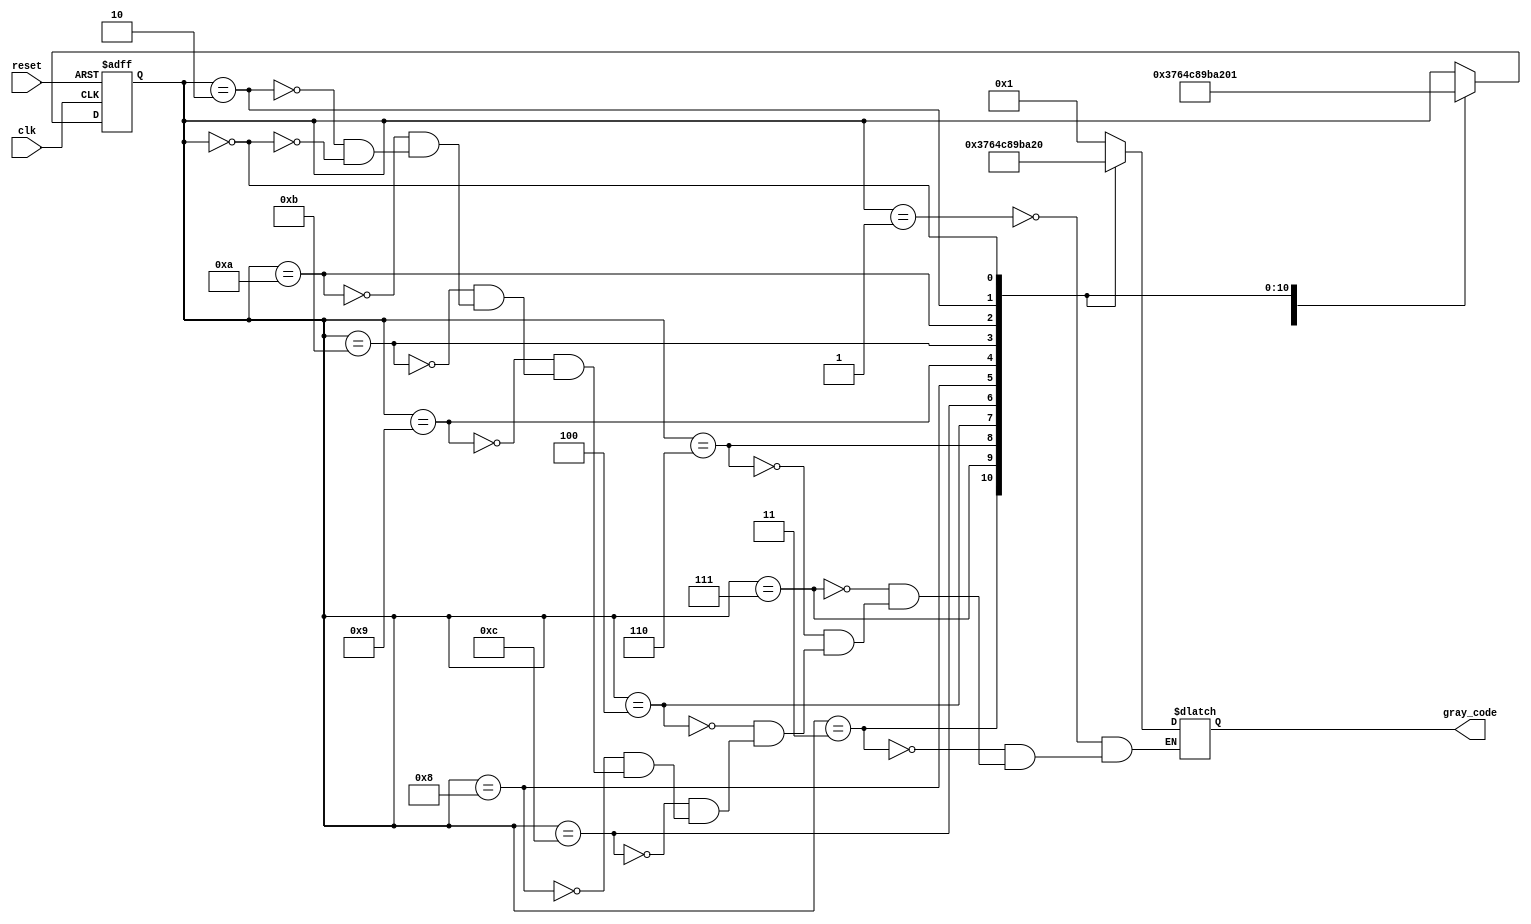
module Johnson_Gray_counter (
    input wire clk,
    input wire reset,
    output reg [3:0] gray_code
);

reg [3:0] state;

always @ (posedge clk or posedge reset) begin
    if (reset) begin
        state <= 4'b0001;
    end else begin
        case (state)
            4'b0001: state <= 4'b0011;
            4'b0011: state <= 4'b0111;
            4'b0111: state <= 4'b0110;
            4'b0110: state <= 4'b0100;
            4'b0100: state <= 4'b1100;
            4'b1100: state <= 4'b1000;
            4'b1000: state <= 4'b1001;
            4'b1001: state <= 4'b1011;
            4'b1011: state <= 4'b1010;
            4'b1010: state <= 4'b0010;
            4'b0010: state <= 4'b0000;
            4'b0000: state <= 4'b0001;
        endcase
    end
end

always @ (*) begin
    case (state)
        4'b0001: gray_code = 4'b0001;
        4'b0011: gray_code = 4'b0011;
        4'b0111: gray_code = 4'b0111;
        4'b0110: gray_code = 4'b0110;
        4'b0100: gray_code = 4'b0100;
        4'b1100: gray_code = 4'b1100;
        4'b1000: gray_code = 4'b1000;
        4'b1001: gray_code = 4'b1001;
        4'b1011: gray_code = 4'b1011;
        4'b1010: gray_code = 4'b1010;
        4'b0010: gray_code = 4'b0010;
        4'b0000: gray_code = 4'b0000;
    endcase
end

endmodule